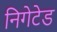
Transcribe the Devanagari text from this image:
निगेटेड